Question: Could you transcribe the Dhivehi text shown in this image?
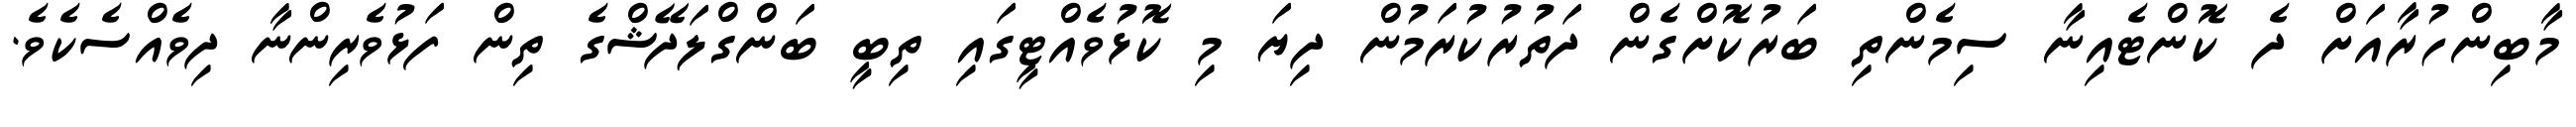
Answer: މާބިންހުރާއަށް ދެ ކޮންޓެއިނާ ސިމެންތި ބަރުކޮށްގެން ދަތުރުކުރަމުން ދިޔަ މި ކޮޅުވެއްޓީގައި ތިބީ ބަންގްލަދޭޝްގެ ތިން ފަޅުވެރިންނާ ދިވެއްސެކެވެ.